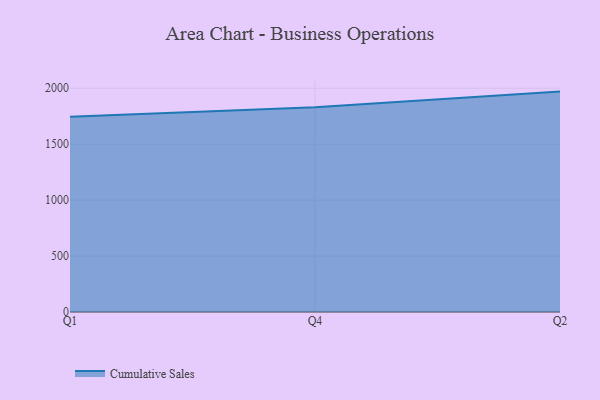
{"axis": {"x": "Quarter", "y": "Waste Production (Tons)"}, "legend": ["Cumulative Sales"], "data": [{"x": "Q1", "y": 1745.6, "type": "Cumulative Sales"}, {"x": "Q4", "y": 1829.7, "type": "Cumulative Sales"}, {"x": "Q2", "y": 1969.8, "type": "Cumulative Sales"}]}